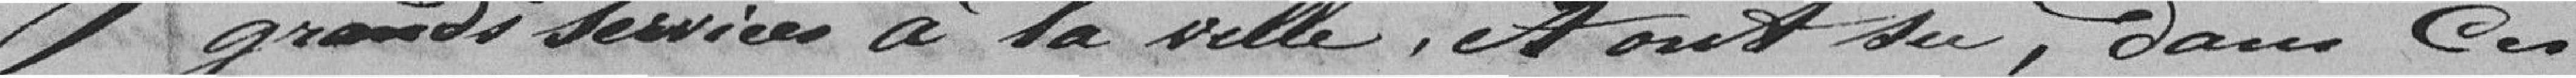
grands services à la Ville, tout su, dans ces